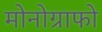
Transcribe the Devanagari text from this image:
मोनोग्राफो